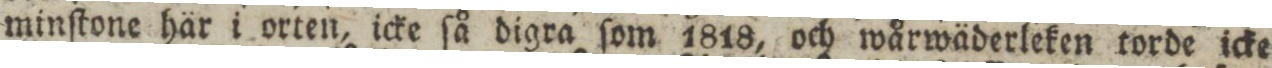
minſtone här i orten, icke ſå digra ſom 1818, och wårwäderleken torde icke